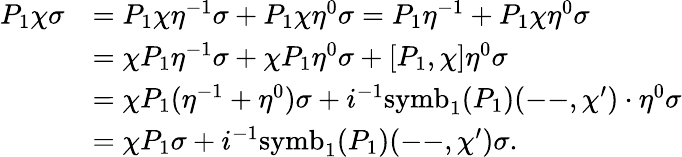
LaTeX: \begin{array}{rl}{P_{1}\chi\sigma}&{=P_{1}\chi\eta^{-1}\sigma+P_{1}\chi\eta^{0}\sigma=P_{1}\eta^{-1}+P_{1}\chi\eta^{0}\sigma}\\ &{=\chi P_{1}\eta^{-1}\sigma+\chi P_{1}\eta^{0}\sigma+[P_{1},\chi]\eta^{0}\sigma}\\ &{=\chi P_{1}(\eta^{-1}+\eta^{0})\sigma+i^{-1}\mathrm{symb}_{1}(P_{1})(\mathrm{--},\chi^{\prime})\cdot\eta^{0}\sigma}\\ &{=\chi P_{1}\sigma+i^{-1}\mathrm{symb}_{1}(P_{1})(\mathrm{--},\chi^{\prime})\sigma.}\end{array}